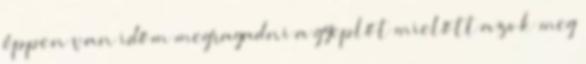
éppen van időm megragadni a gyeplőt mielőtt azok meg